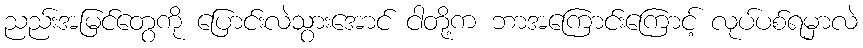
ညည်းအမြင်တွေကို ပြောင်းလဲသွားအောင် ငါတို့က ဘာအကြောင်းကြောင့် လုပ်ပစ်ရမှာလဲ